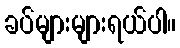
ခပ်များများရယ်ပါ။